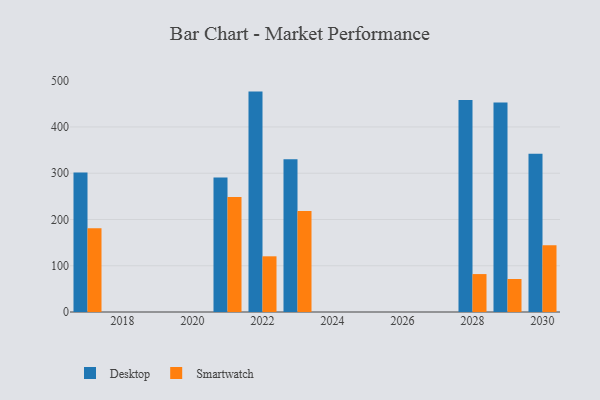
{"axis": {"x": "Year", "y": "Latency (ms)"}, "legend": ["Desktop", "Smartwatch"], "data": [{"x": "2028", "y": 458.2, "type": "Desktop"}, {"x": "2028", "y": 82.0, "type": "Smartwatch"}, {"x": "2022", "y": 476.5, "type": "Desktop"}, {"x": "2022", "y": 120.4, "type": "Smartwatch"}, {"x": "2021", "y": 290.9, "type": "Desktop"}, {"x": "2021", "y": 248.5, "type": "Smartwatch"}, {"x": "2029", "y": 453.1, "type": "Desktop"}, {"x": "2029", "y": 71.3, "type": "Smartwatch"}, {"x": "2017", "y": 301.8, "type": "Desktop"}, {"x": "2017", "y": 181.0, "type": "Smartwatch"}, {"x": "2023", "y": 330.3, "type": "Desktop"}, {"x": "2023", "y": 218.4, "type": "Smartwatch"}, {"x": "2030", "y": 342.2, "type": "Desktop"}, {"x": "2030", "y": 144.5, "type": "Smartwatch"}]}